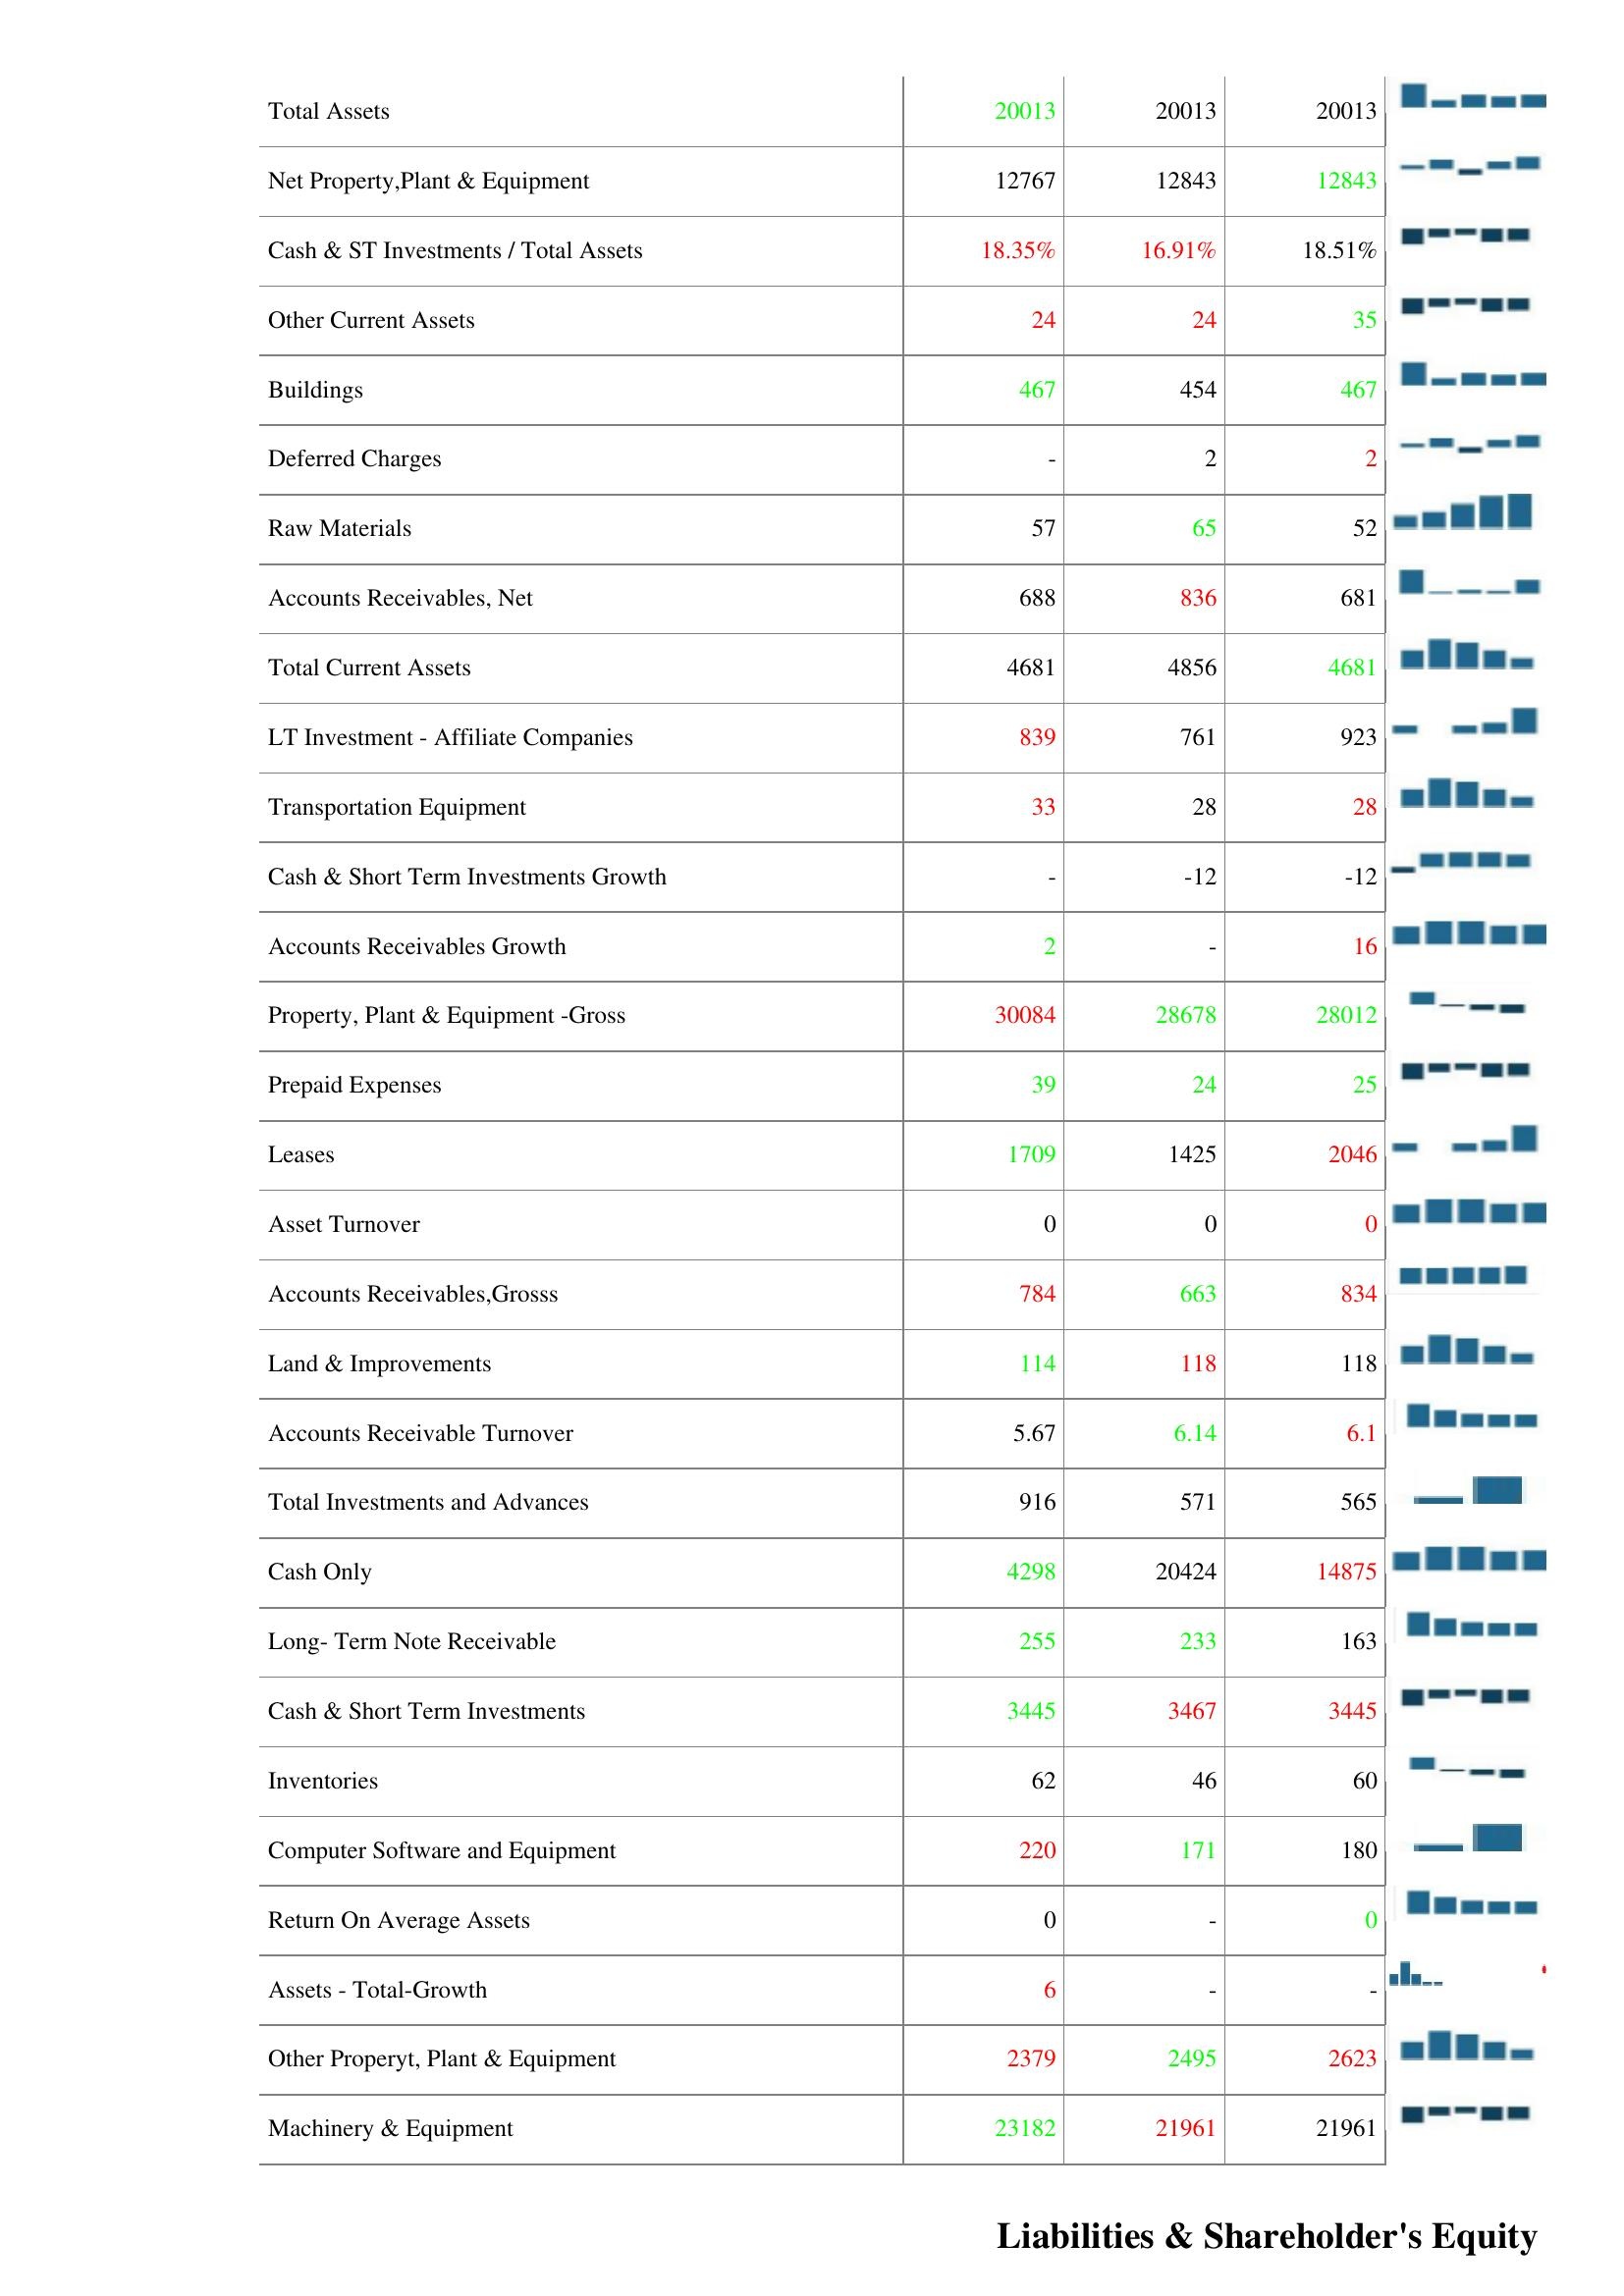
2011: Assets: Bad Debt/Doubtful Accounts: 0
Finished Goods: 2
Accumulated Depreciation: 14811
Other Receivables: 230
Total Accounts Receivable: 968
Construction in Progress: 1385
Other Assets: 1
Total Assets: 20013
Net Property,Plant & Equipment: 12767
Cash & ST Investments / Total Assets: 18.35%
Other Current Assets: 24
Buildings: 467
Deferred Charges: -
Raw Materials: 57
Accounts Receivables, Net: 688
Total Current Assets: 4681
LT Investment - Affiliate Companies: 839
Transportation Equipment: 33
Cash & Short Term Investments Growth: -
Accounts Receivables Growth: 2
Property, Plant & Equipment -Gross: 30084
Prepaid Expenses: 39
Leases: 1709
Asset Turnover: 0
Accounts Receivables,Grosss: 784
Land & Improvements: 114
Accounts Receivable Turnover: 5.67
Total Investments and Advances: 916
Cash Only: 4298
Long- Term Note Receivable: 255
Cash & Short Term Investments: 3445
Inventories: 62
Computer Software and Equipment: 220
Return On Average Assets: 0
Assets - Total-Growth: 6
Other Properyt, Plant & Equipment: 2379
Machinery & Equipment: 23182
2012: Assets: Bad Debt/Doubtful Accounts: 0
Finished Goods: 2
Accumulated Depreciation: 14541
Other Receivables: 181
Total Accounts Receivable: 789
Construction in Progress: 1693
Other Assets: -
Total Assets: 20013
Net Property,Plant & Equipment: 12843
Cash & ST Investments / Total Assets: 16.91%
Other Current Assets: 24
Buildings: 454
Deferred Charges: 2
Raw Materials: 65
Accounts Receivables, Net: 836
Total Current Assets: 4856
LT Investment - Affiliate Companies: 761
Transportation Equipment: 28
Cash & Short Term Investments Growth: -12
Accounts Receivables Growth: -
Property, Plant & Equipment -Gross: 28678
Prepaid Expenses: 24
Leases: 1425
Asset Turnover: 0
Accounts Receivables,Grosss: 663
Land & Improvements: 118
Accounts Receivable Turnover: 6.14
Total Investments and Advances: 571
Cash Only: 20424
Long- Term Note Receivable: 233
Cash & Short Term Investments: 3467
Inventories: 46
Computer Software and Equipment: 171
Return On Average Assets: -
Assets - Total-Growth: -
Other Properyt, Plant & Equipment: 2495
Machinery & Equipment: 21961
2013: Assets: Bad Debt/Doubtful Accounts: 0
Finished Goods: 2
Accumulated Depreciation: 17796
Other Receivables: 138
Total Accounts Receivable: 869
Construction in Progress: 1317
Other Assets: -
Total Assets: 20013
Net Property,Plant & Equipment: 12843
Cash & ST Investments / Total Assets: 18.51%
Other Current Assets: 35
Buildings: 467
Deferred Charges: 2
Raw Materials: 52
Accounts Receivables, Net: 681
Total Current Assets: 4681
LT Investment - Affiliate Companies: 923
Transportation Equipment: 28
Cash & Short Term Investments Growth: -12
Accounts Receivables Growth: 16
Property, Plant & Equipment -Gross: 28012
Prepaid Expenses: 25
Leases: 2046
Asset Turnover: 0
Accounts Receivables,Grosss: 834
Land & Improvements: 118
Accounts Receivable Turnover: 6.1
Total Investments and Advances: 565
Cash Only: 14875
Long- Term Note Receivable: 163
Cash & Short Term Investments: 3445
Inventories: 60
Computer Software and Equipment: 180
Return On Average Assets: 0
Assets - Total-Growth: -
Other Properyt, Plant & Equipment: 2623
Machinery & Equipment: 21961